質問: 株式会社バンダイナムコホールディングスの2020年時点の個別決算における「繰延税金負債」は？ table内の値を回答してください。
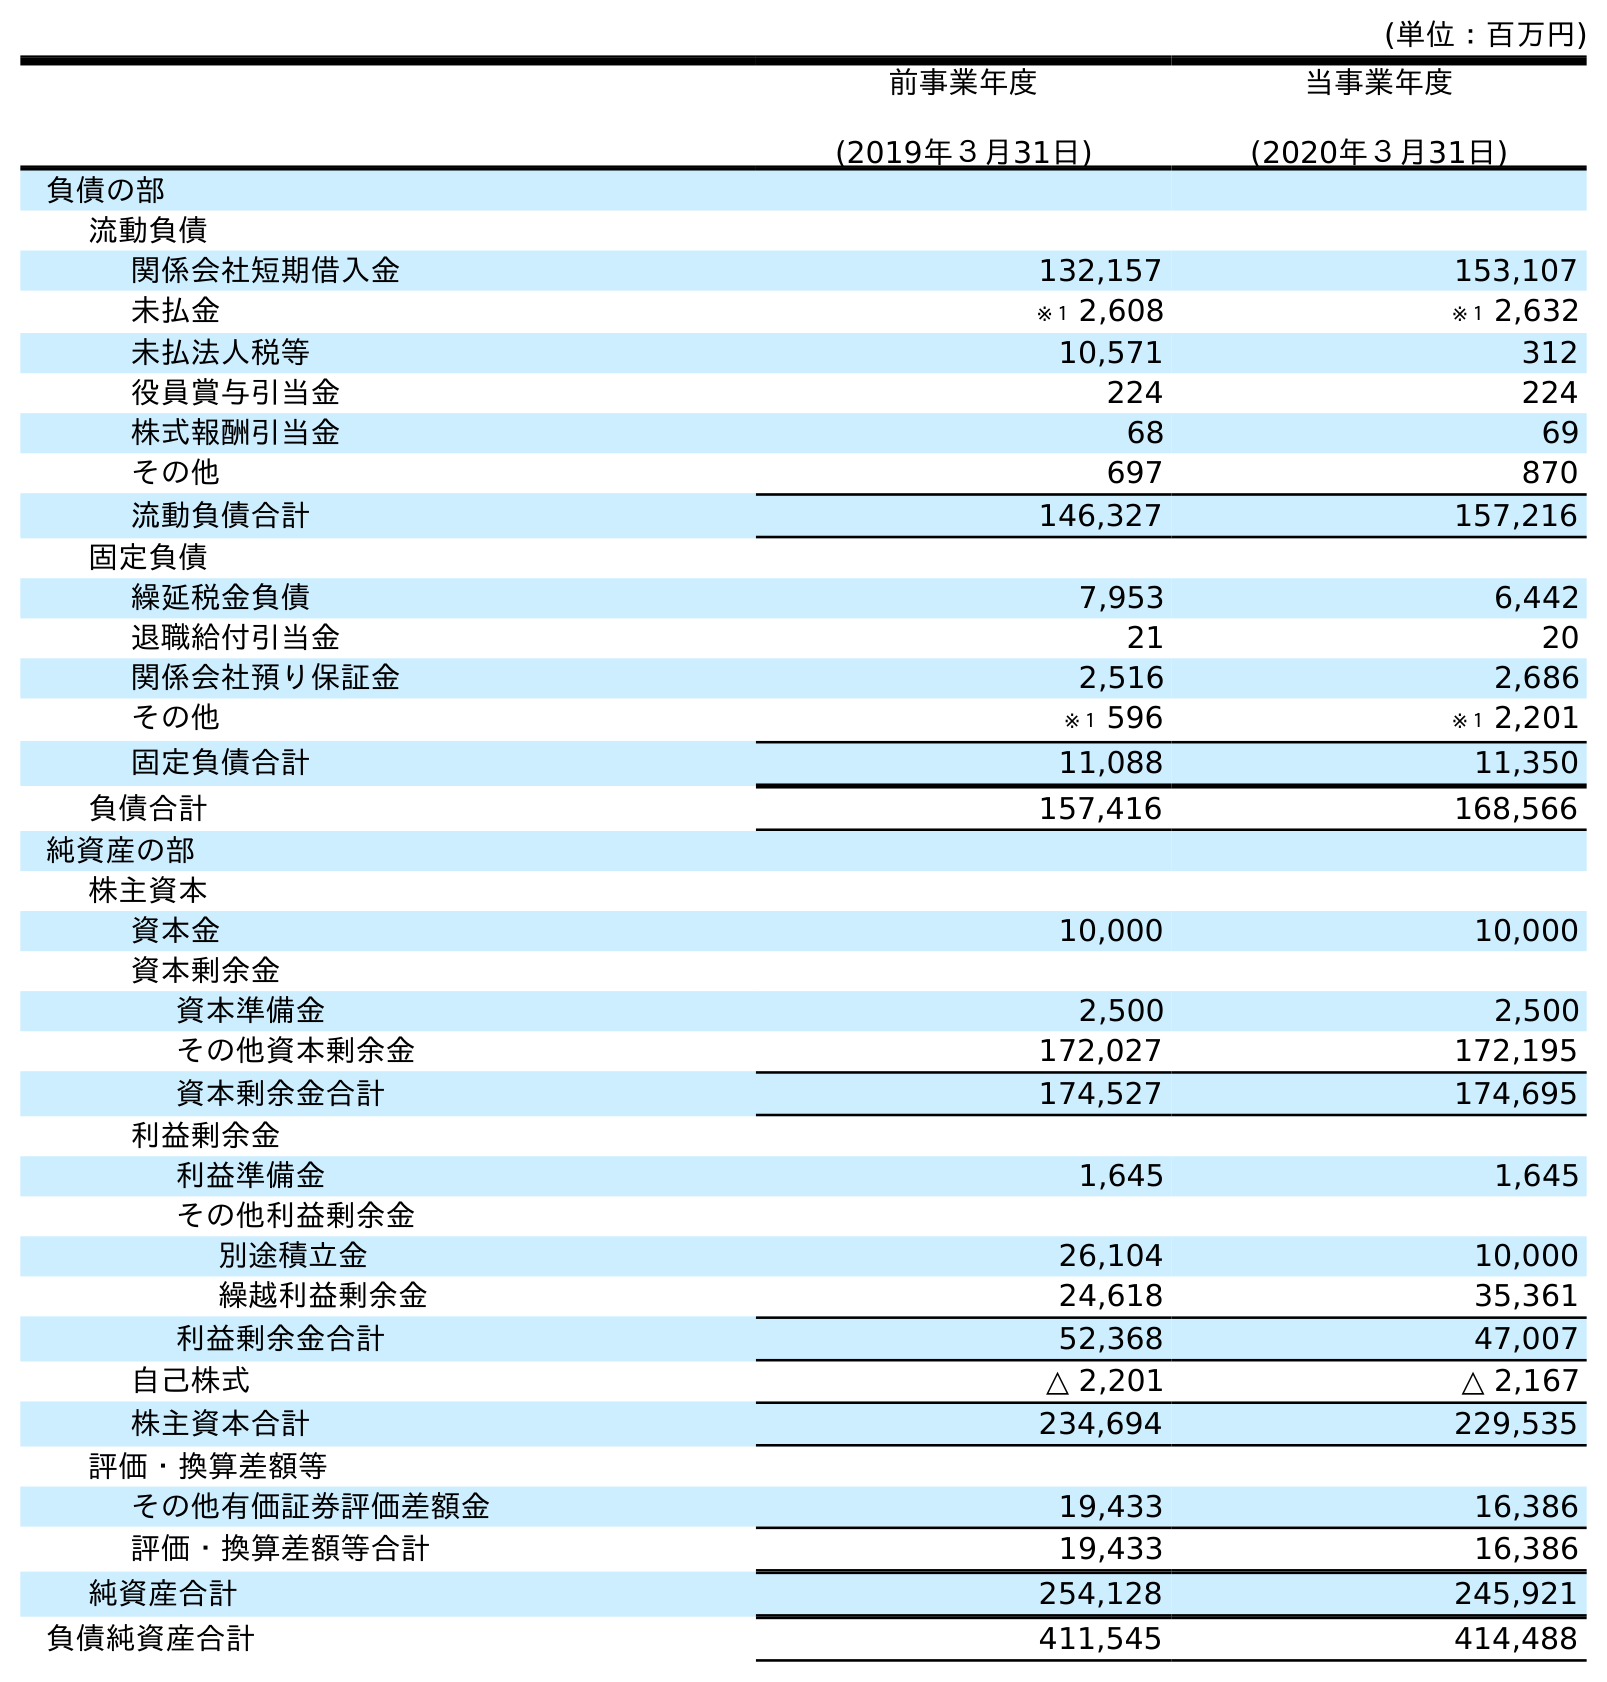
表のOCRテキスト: (単位：百万円) 前事業年度 (2019年３月31日) 当事業年度 (2020年３月31日) 負債の部 流動負債 関係会社短期借入金 132,157 153,107 未払金 ※１ 2,608 ※１ 2,632 未払法人税等 10,571 312 役員賞与引当金 224 224 株式報酬引当金 68 69 その他 697 870 流動負債合計 146,327 157,216 固定負債 繰延税金負債 7,953 6,442 退職給付引当金 21 20 関係会社預り保証金 2,516 2,686 その他 ※１ 596 ※１ 2,201 固定負債合計 11,088 11,350 負債合計 157,416 168,566 純資産の部 株主資本 資本金 10,000 10,000 資本剰余金 資本準備金 2,500 2,500 その他資本剰余金 172,027 172,195 資本剰余金合計 174,527 174,695 利益剰余金 利益準備金 1,645 1,645 その他利益剰余金 別途積立金 26,104 10,000 繰越利益剰余金 24,618 35,361 利益剰余金合計 52,368 47,007 自己株式 △ 2,201 △ 2,167 株主資本合計 234,694 229,535 評価・換算差額等 その他有価証券評価差額金 19,433 16,386 評価・換算差額等合計 19,433 16,386 純資産合計 254,128 245,921 負債純資産合計 411,545 414,488
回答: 6,442